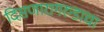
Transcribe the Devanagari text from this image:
दिसणारागरुडाचा